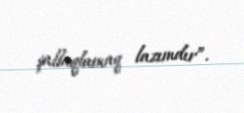
şallaqlamaq lazımdır”.